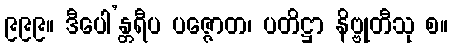
၉၉၉။ ဒီပေါ’န္တရီပ ပဇ္ဇောတ၊ ပတိဋ္ဌာ နိဗ္ဗုတီသု စ။